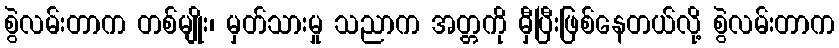
စွဲလမ်းတာက တစ်မျိုး၊ မှတ်သားမှု သညာက အတ္တကို မှီပြီးဖြစ်နေတယ်လို့ စွဲလမ်းတာက